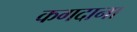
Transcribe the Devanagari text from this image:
कगदाना